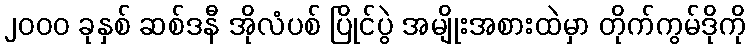
၂၀၀၀ ခုနှစ် ဆစ်ဒနီ အိုလံပစ် ပြိုင်ပွဲ အမျိုးအစားထဲမှာ တိုက်ကွမ်ဒိုကို